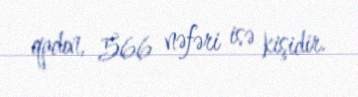
qadın, 566 nəfəri isə kişidir.